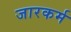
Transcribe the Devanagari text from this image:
जारकर्म